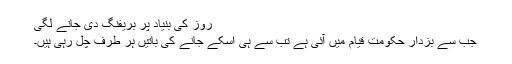
روز کی بنیاد پر بریفنگ دی جانے لگی
جب سے بزدار حکومت قیام میں آئی ہے تب سے ہی اسکے جانے کی باتیں ہر طرف چل رہی ہیں۔